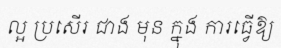
ល្អ ប្រសើរ ជាង មុន ក្នុង ការធ្វើឱ្យ